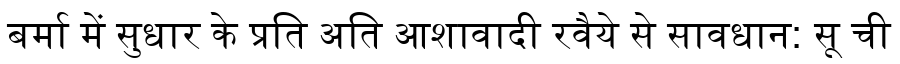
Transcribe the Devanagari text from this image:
बर्मा में सुधार के प्रति अति आशावादी रवैये से सावधान: सू ची